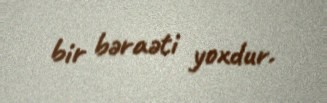
bir bəraəti yoxdur.